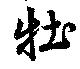
牡